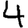
Digit: 4